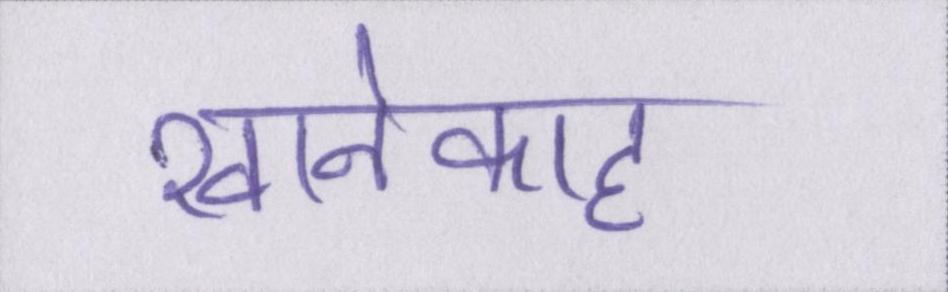
खानेकाह